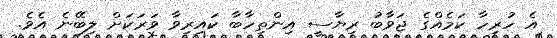
އެ ހުރިހާ ކަމެއްގެ ޖަވާބު ރިޔާސީ އިންތިހާބާ ކައިރިވާ ވަރަަކަށް ލިބޭނެ އެވެ.